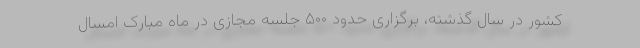
کشور در سال گذشته، برگزاری حدود ۵۰۰ جلسه مجازی در ماه مبارک امسال